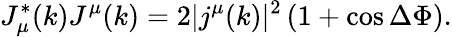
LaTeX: J_{\mu}^{*}(k)J^{\mu}(k)=2|j^{\mu}(k)|^{2}\left(1+\cos{\Delta\Phi}\right).